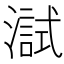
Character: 𤀏